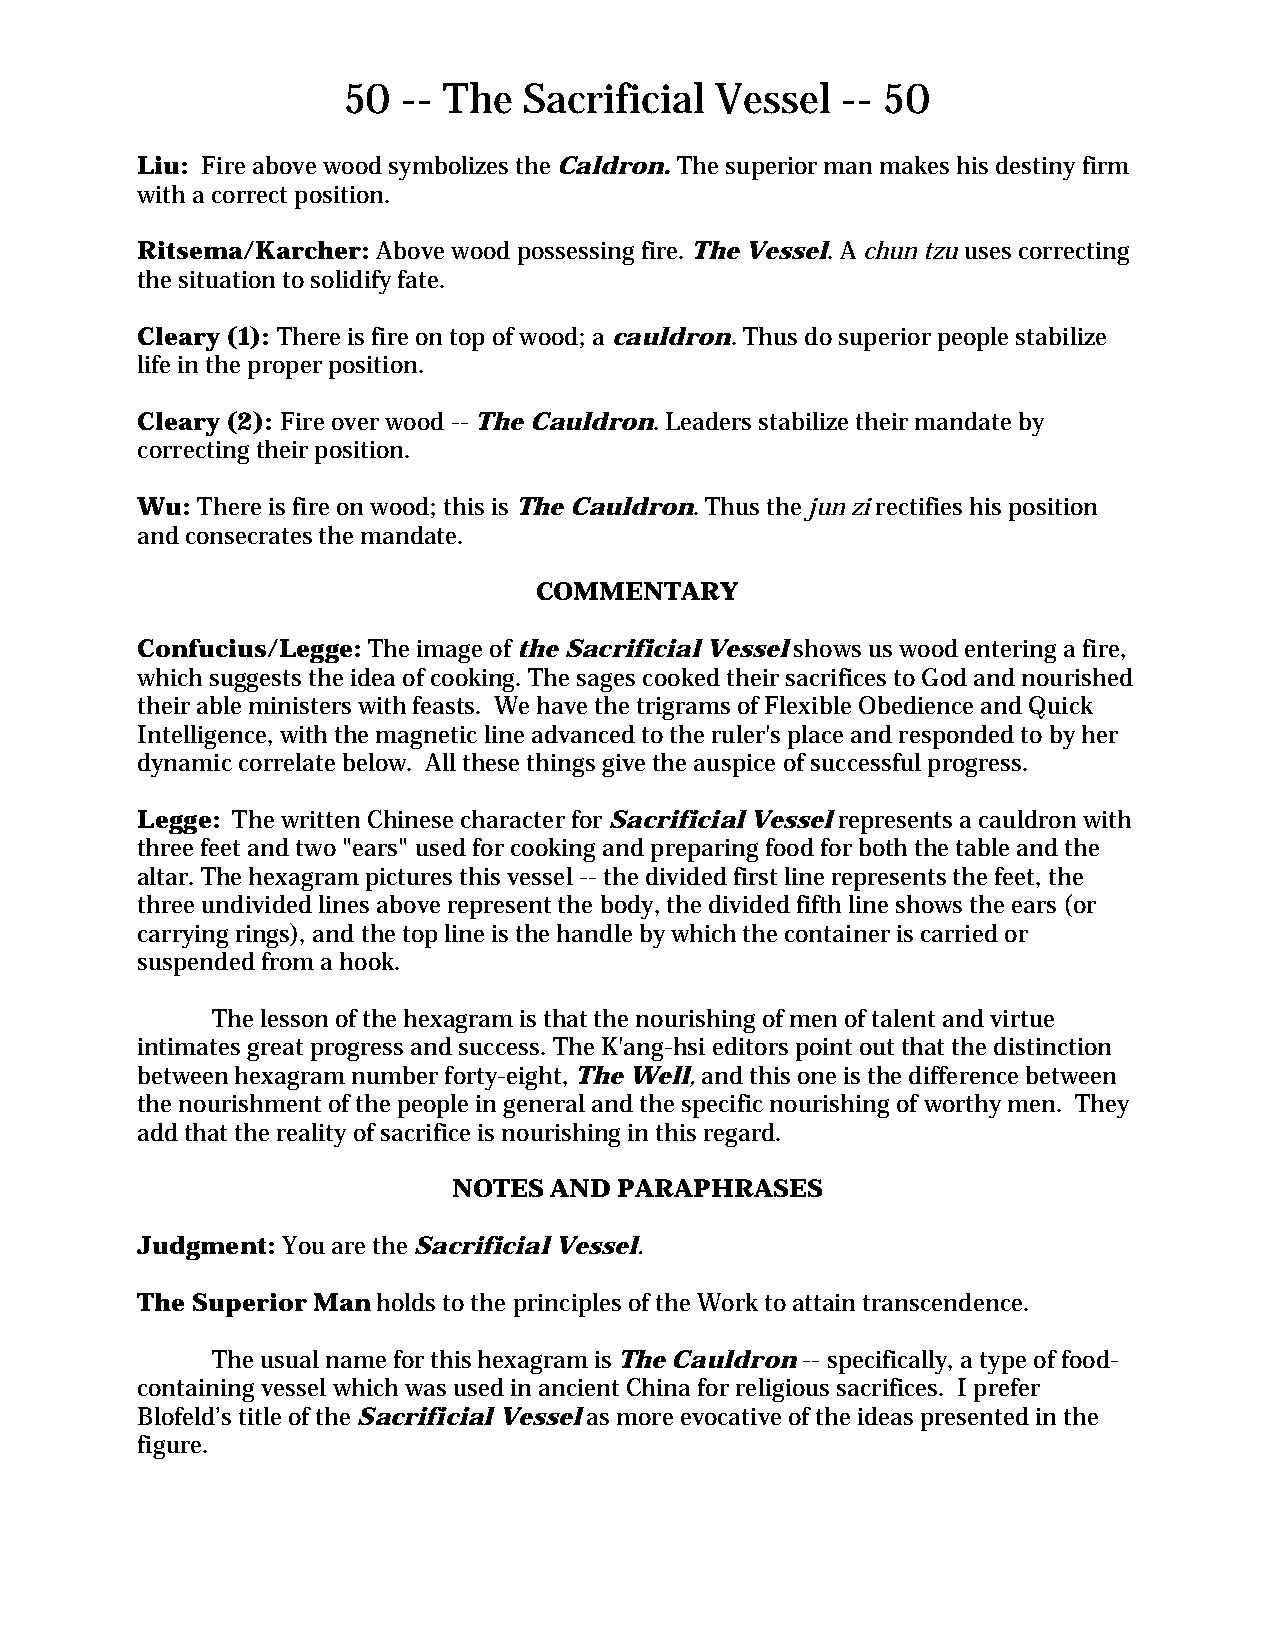
50  -- The  Sacrificial Vessel   -- 50
 Liu: Fire above wood symbolizes the Caldron. The superior man makes his destiny firm
 with a correct position.
 Ritsema/Karcher: Above wood possessing fire. The Vessel. A chun tzu uses correcting
 the situation to solidify fate.
 Cleary (1): There is fire on top of wood; a cauldron. Thus do superior people stabilize
 life in the proper position.
 Cleary (2): Fire over wood -- The Cauldron. Leaders stabilize their mandate by
 correcting their position.
 Wu: There is fire on wood; this is The Cauldron. Thus the jun zi rectifies his position
 and consecrates the mandate.
 COMMENTARY
 Confucius/Legge: The image of the Sacrificial Vessel shows us wood entering a fire,
 which suggests the idea of cooking. The sages cooked their sacrifices to God and nourished
 their able ministers with feasts. We have the trigrams of Flexible Obedience and Quick
 Intelligence, with the magnetic line advanced to the ruler's place and responded to by her
 dynamic correlate below. All these things give the auspice of successful progress.
 Legge: The written Chinese character for Sacrificial Vessel represents a cauldron with
 three feet and two "ears" used for cooking and preparing food for both the table and the
 altar. The hexagram pictures this vessel -- the divided first line represents the feet, the
 three undivided lines above represent the body, the divided fifth line shows the ears (or
 carrying rings), and the top line is the handle by which the container is carried or
 suspended from a hook.
 The lesson of the hexagram is that the nourishing of men of talent and virtue
 intimates great progress and success. The K'ang-hsi editors point out that the distinction
 between hexagram number forty-eight, The Well, and this one is the difference between
 the nourishment of the people in general and the specific nourishing of worthy men. They
 add that the reality of sacrifice is nourishing in this regard.
 NOTES AND  PARAPHRASES
 Judgment: You are the Sacrificial Vessel.
 The Superior Man holds to the principles of the Work to attain transcendence.
 The usual name for this hexagram is The Cauldron -- specifically, a type of food-
 containing vessel which was used in ancient China for religious sacrifices. I prefer
 Blofeld’s title of the Sacrificial Vessel as more evocative of the ideas presented in the
 figure.